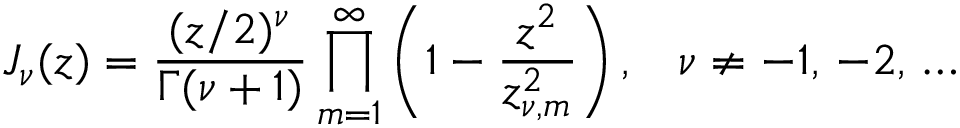
J _ { \nu } ( z ) = \frac { ( z / 2 ) ^ { \nu } } { \Gamma ( \nu + 1 ) } \prod _ { m = 1 } ^ { \infty } \left( 1 - \frac { z ^ { 2 } } { z _ { \nu , m } ^ { 2 } } \right) { , } \quad \nu \not = - 1 , \, - 2 , \, \ldots